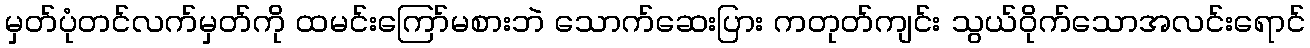
မှတ်ပုံတင်လက်မှတ်ကို ထမင်းကြော်မစားဘဲ သောက်ဆေးပြား ကတုတ်ကျင်း သွယ်ဝိုက်သောအလင်းရောင်